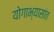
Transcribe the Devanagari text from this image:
योगाभ्यासांत